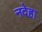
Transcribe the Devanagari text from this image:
नदेहा